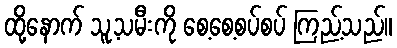
ထို့နောက် သူ့သမီးကို စေ့စေ့စပ်စပ် ကြည့်သည်။